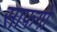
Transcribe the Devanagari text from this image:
साफगो